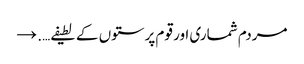
مردم شماری اور قوم پرستوں کے لطیفے…. →